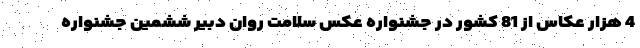
4 هزار عکاس از 81 کشور در جشنواره عکس سلامت روان دبیر ششمین جشنواره